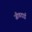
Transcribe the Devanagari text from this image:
जीवदाई